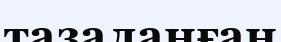
тазаланған